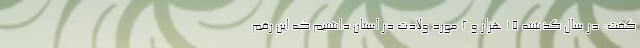
گفت: در سال گذشته ۱۵ هزار و ۲ مورد ولادت در استان داشتیم که این رقم